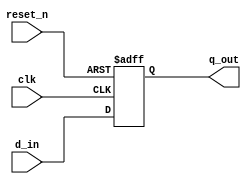
module lab50_SetupHold_violation(
                          input d_in,
                          input clk, reset_n,
                          output reg q_out
                         
    );
    
    
    always @(posedge clk or negedge reset_n)
    begin
        if(!reset_n)
            q_out <= 1'b0;
        else
            q_out <= d_in;
    end
    
    specify
    specparam tsu = 1;
    specparam th = 1;
    
    $setuphold (posedge clk, d_in, tsu, th);

    endspecify
    
endmodule